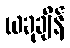
ယခုချိန်